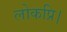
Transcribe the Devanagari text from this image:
लोकप्रि।